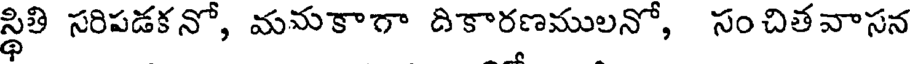
స్థితి సరిపడకనో, మమకాగా దికారణములనో, సంచితవాసన